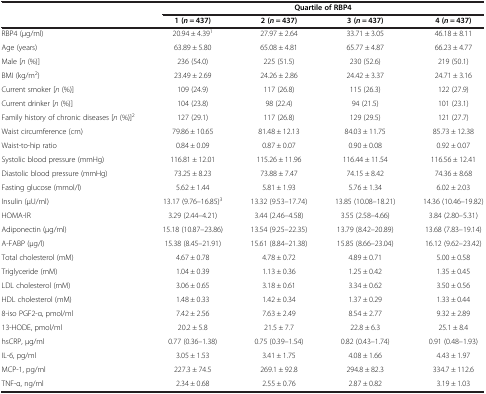
<table><thead><tr><td><b> </b></td><td colspan="4"><b>Quartile of RBP4</b></td></tr><tr><td><b> </b></td><td><b>1 (<i>n</i> = 437)</b></td><td><b>2 (<i>n</i> = 437)</b></td><td><b>3 (<i>n</i> = 437)</b></td><td><b>4 (<i>n</i> = 437)</b></td></tr></thead><tbody><tr><td>RBP4 (μg/ml)</td><td>20.94 ± 4.39<sup>1</sup></td><td>27.97 ± 2.64</td><td>33.71 ± 3.05</td><td>46.18 ± 8.11</td></tr><tr><td>Age (years)</td><td>63.89 ± 5.80</td><td>65.08 ± 4.81</td><td>65.77 ± 4.87</td><td>66.23 ± 4.77</td></tr><tr><td>Male [<i>n</i> (%)]</td><td>236 (54.0)</td><td>225 (51.5)</td><td>230 (52.6)</td><td>219 (50.1)</td></tr><tr><td>BMI (kg/m<sup>2</sup>)</td><td>23.49 ± 2.69</td><td>24.26 ± 2.86</td><td>24.42 ± 3.37</td><td>24.71 ± 3.16</td></tr><tr><td>Current smoker [<i>n</i> (%)]</td><td>109 (24.9)</td><td>117 (26.8)</td><td>115 (26.3)</td><td>122 (27.9)</td></tr><tr><td>Current drinker [<i>n</i> (%)]</td><td>104 (23.8)</td><td>98 (22.4)</td><td>94 (21.5)</td><td>101 (23.1)</td></tr><tr><td>Family history of chronic diseases [<i>n</i> (%)]<sup>2</sup></td><td>127 (29.1)</td><td>117 (26.8)</td><td>129 (29.5)</td><td>121 (27.7)</td></tr><tr><td>Waist circumference (cm)</td><td>79.86 ± 10.65</td><td>81.48 ± 12.13</td><td>84.03 ± 11.75</td><td>85.73 ± 12.38</td></tr><tr><td>Waist-to-hip ratio</td><td>0.84 ± 0.09</td><td>0.87 ± 0.07</td><td>0.90 ± 0.08</td><td>0.92 ± 0.07</td></tr><tr><td>Systolic blood pressure (mmHg)</td><td>116.81 ± 12.01</td><td>115.26 ± 11.96</td><td>116.44 ± 11.54</td><td>116.56 ± 12.41</td></tr><tr><td>Diastolic blood pressure (mmHg)</td><td>73.25 ± 8.23</td><td>73.88 ± 7.47</td><td>74.15 ± 8.42</td><td>74.36 ± 8.68</td></tr><tr><td>Fasting glucose (mmol/l)</td><td>5.62 ± 1.44</td><td>5.81 ± 1.93</td><td>5.76 ± 1.34</td><td>6.02 ± 2.03</td></tr><tr><td>Insulin (μU/ml)</td><td>13.17 (9.76–16.85)<sup>3</sup></td><td>13.32 (9.53–17.74)</td><td>13.85 (10.08–18.21)</td><td>14.36 (10.46–19.82)</td></tr><tr><td>HOMA-IR</td><td>3.29 (2.44–4.21)</td><td>3.44 (2.46–4.58)</td><td>3.55 (2.58–4.66)</td><td>3.84 (2.80–5.31)</td></tr><tr><td>Adiponectin (μg/ml)</td><td>15.18 (10.87–23.86)</td><td>13.54 (9.25–22.35)</td><td>13.79 (8.42–20.89)</td><td>13.68 (7.83–19.14)</td></tr><tr><td>A-FABP (μg/l)</td><td>15.38 (8.45–21.91)</td><td>15.61 (8.84–21.38)</td><td>15.85 (8.66–23.04)</td><td>16.12 (9.62–23.42)</td></tr><tr><td>Total cholesterol (mM)</td><td>4.67 ± 0.78</td><td>4.78 ± 0.72</td><td>4.89 ± 0.71</td><td>5.00 ± 0.58</td></tr><tr><td>Triglyceride (mM)</td><td>1.04 ± 0.39</td><td>1.13 ± 0.36</td><td>1.25 ± 0.42</td><td>1.35 ± 0.45</td></tr><tr><td>LDL cholesterol (mM)</td><td>3.06 ± 0.65</td><td>3.18 ± 0.61</td><td>3.34 ± 0.62</td><td>3.50 ± 0.56</td></tr><tr><td>HDL cholesterol (mM)</td><td>1.48 ± 0.33</td><td>1.42 ± 0.34</td><td>1.37 ± 0.29</td><td>1.33 ± 0.44</td></tr><tr><td>8-iso PGF2-α, pmol/ml</td><td>7.42 ± 2.56</td><td>7.63 ± 2.49</td><td>8.54 ± 2.77</td><td>9.32 ± 2.89</td></tr><tr><td>13-HODE, pmol/ml</td><td>20.2 ± 5.8</td><td>21.5 ± 7.7</td><td>22.8 ± 6.3</td><td>25.1 ± 8.4</td></tr><tr><td>hsCRP, μg/ml</td><td>0.77 (0.36–1.38)</td><td>0.75 (0.39–1.54)</td><td>0.82 (0.43–1.74)</td><td>0.91 (0.48–1.93)</td></tr><tr><td>IL-6, pg/ml</td><td>3.05 ± 1.53</td><td>3.41 ± 1.75</td><td>4.08 ± 1.66</td><td>4.43 ± 1.97</td></tr><tr><td>MCP-1, pg/ml</td><td>227.3 ± 74.5</td><td>269.1 ± 92.8</td><td>294.8 ± 82.3</td><td>334.7 ± 112.6</td></tr><tr><td>TNF-α, ng/ml</td><td>2.34 ± 0.68</td><td>2.55 ± 0.76</td><td>2.87 ± 0.82</td><td>3.19 ± 1.03</td></tr></tbody></table>